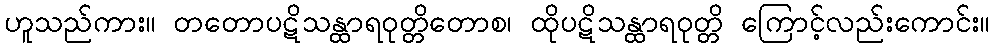
ဟူသည်ကား။ တတောပဋိသန္ထာရဝုတ္တိတောစ၊ ထိုပဋိသန္ထာရဝုတ္တိ ကြောင့်လည်းကောင်း။